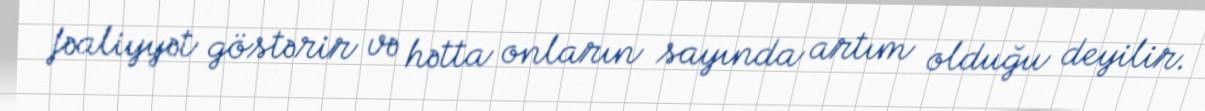
fəaliyyət göstərir və hətta onların sayında artım olduğu deyilir.